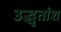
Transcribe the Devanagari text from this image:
उद्धृतांश